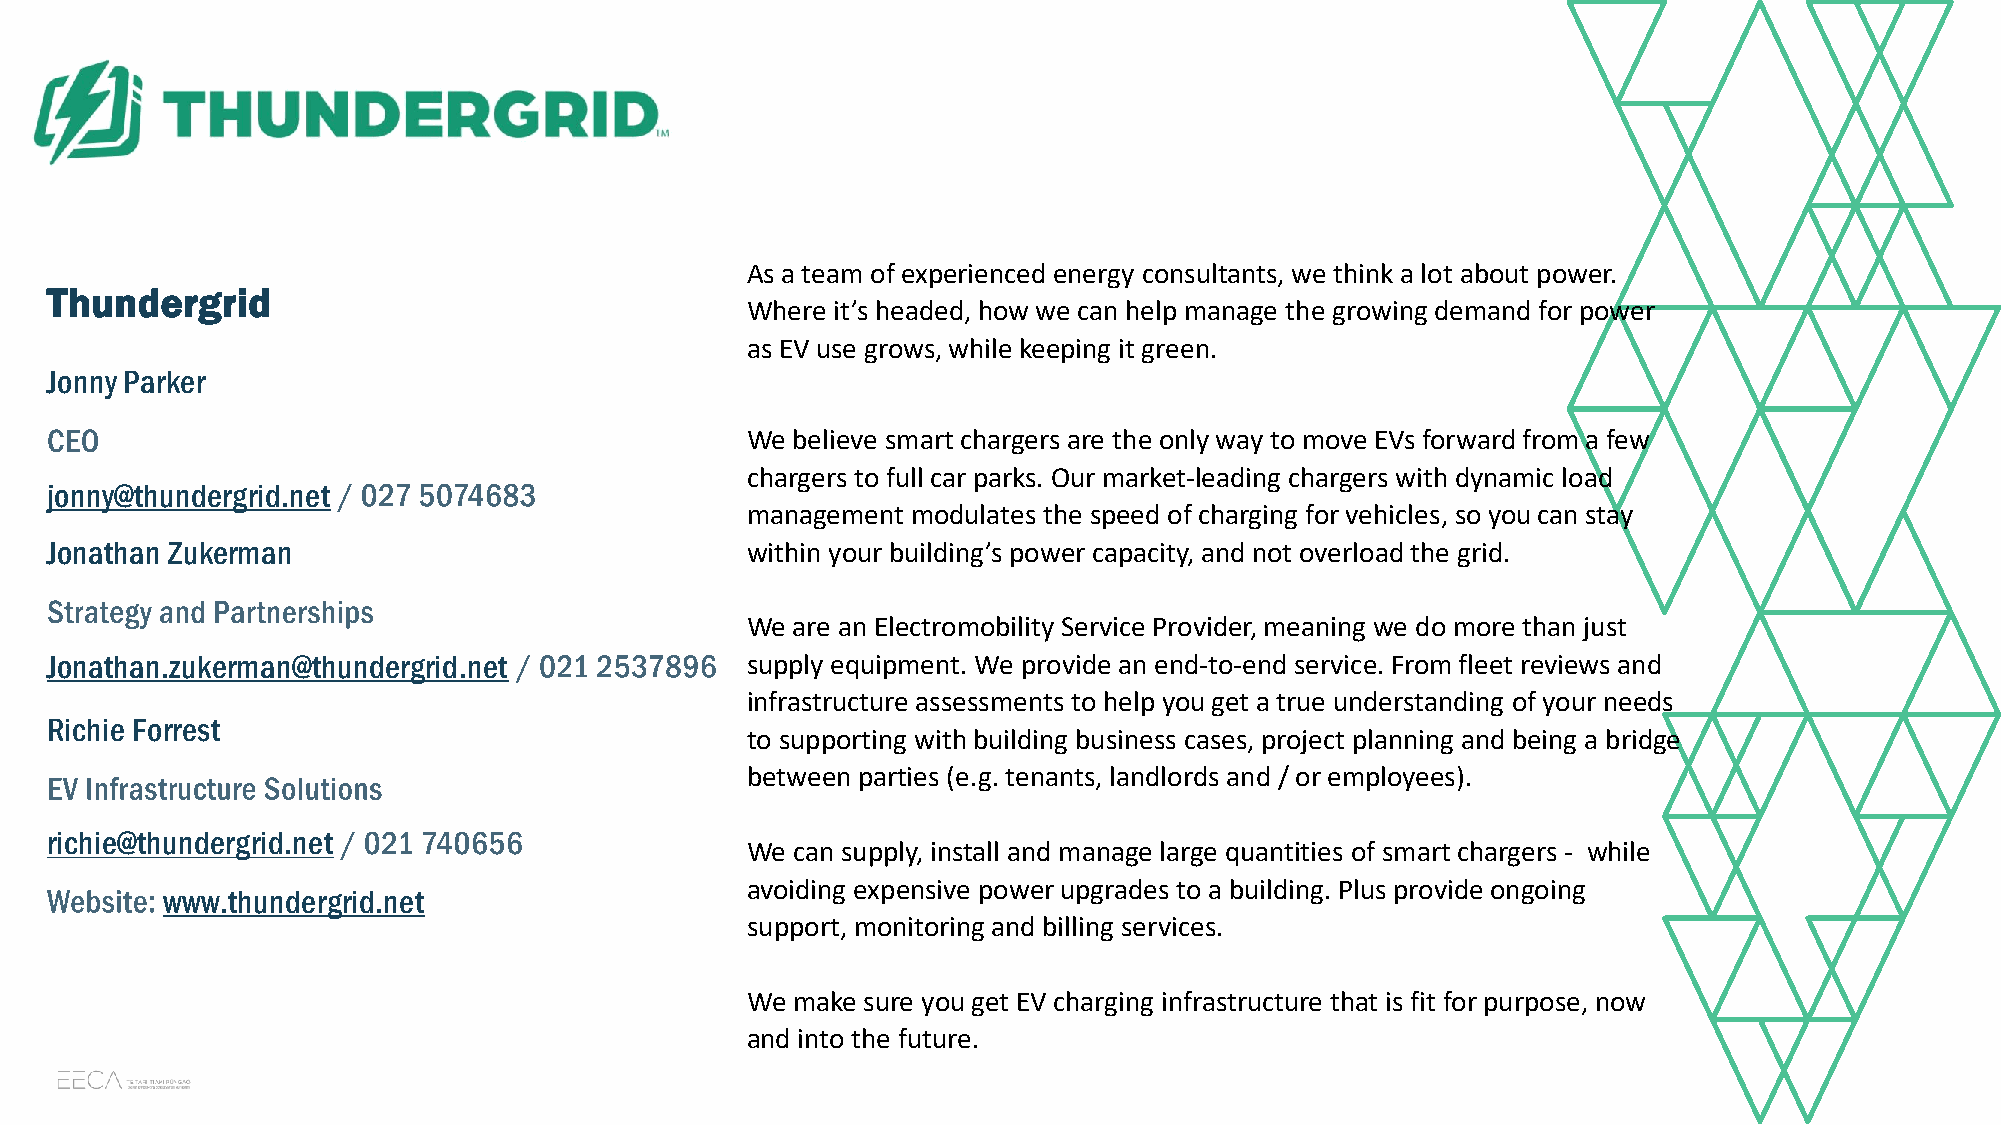
As a team of experienced energy consultants, we think a lot about power.
 Thundergrid
 Where it’s headed, how we can help manage the growing demand for power
 as EV use grows, while keeping it green.
 Jonny Parker
 We believe smart chargers are the only way to move EVs forward from a few
 chargers to full car parks. Our market-leading chargers with dynamic load
 jonny@thundergrid.net
 management modulates the speed of charging for vehicles, so you can stay
 Jonathan Zukerman                             within your building’s power capacity, and not overload the grid.
 We are an Electromobility Service Provider, meaning we do more than just
 Jonathan.zukerman@thundergrid.net             supply equipment. We provide an end-to-end service. From fleet reviews and
 infrastructure assessments to help you get a true understanding of your needs
 Richie Forrest
 to supporting with building business cases, project planning and being a bridge
 between parties (e.g. tenants, landlords and / or employees).
 richie@thundergrid.net
 We can supply, install and manage large quantities of smart chargers - while
 avoiding expensive power upgrades to a building. Plus provide ongoing
 www.thundergrid.net
 support, monitoring and billing services.
 We make sure you get EV charging infrastructure that is fit for purpose, now
 and into the future.